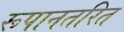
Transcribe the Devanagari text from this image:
रूपानतरित